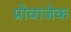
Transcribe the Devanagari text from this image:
प्रोवाजेक